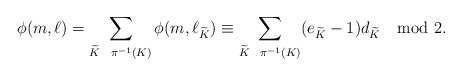
\begin{align*}\phi(m,\ell) = \sum_{\widetilde K \ \ \pi^{-1}(K)} \phi(m, \ell_{\widetilde K}) \equiv \sum_{\widetilde K \ \ \pi^{-1}(K)} (e_{\widetilde K}-1)d_{\widetilde K} \mod 2.\end{align*}